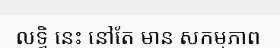
លទ្ធិ នេះ នៅតែ មាន សកម្មភាព